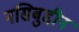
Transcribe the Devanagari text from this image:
नसिबुद्दीन